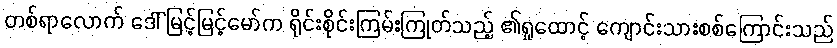
တစ်ရာလောက် ဒေါ်မြင့်မြင့်မော်က ရိုင်းစိုင်းကြမ်းကြုတ်သည့် ၏ရှုထောင့် ကျောင်းသားစစ်ကြောင်းသည်